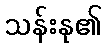
သန်းနု၏